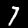
Digit: 7